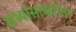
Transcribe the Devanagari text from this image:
अभ्यांसाकरिता